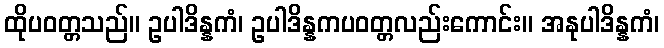
ထိုပဝတ္တသည်။ ဥပါဒိန္နကံ၊ ဥပါဒိန္နကပဝတ္တလည်းကောင်း။ အနုပါဒိန္နကံ၊